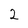
Character: 2